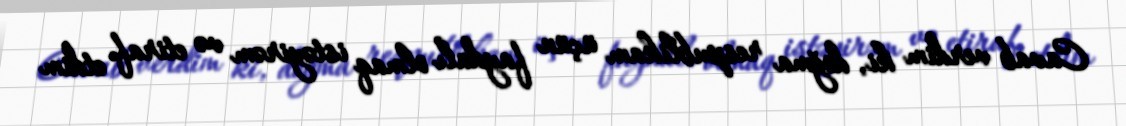
Cavab verdim ki, doğma respublikam üçün faydalı olmaq istəyirəm və etiraf etdim